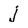
Character: j